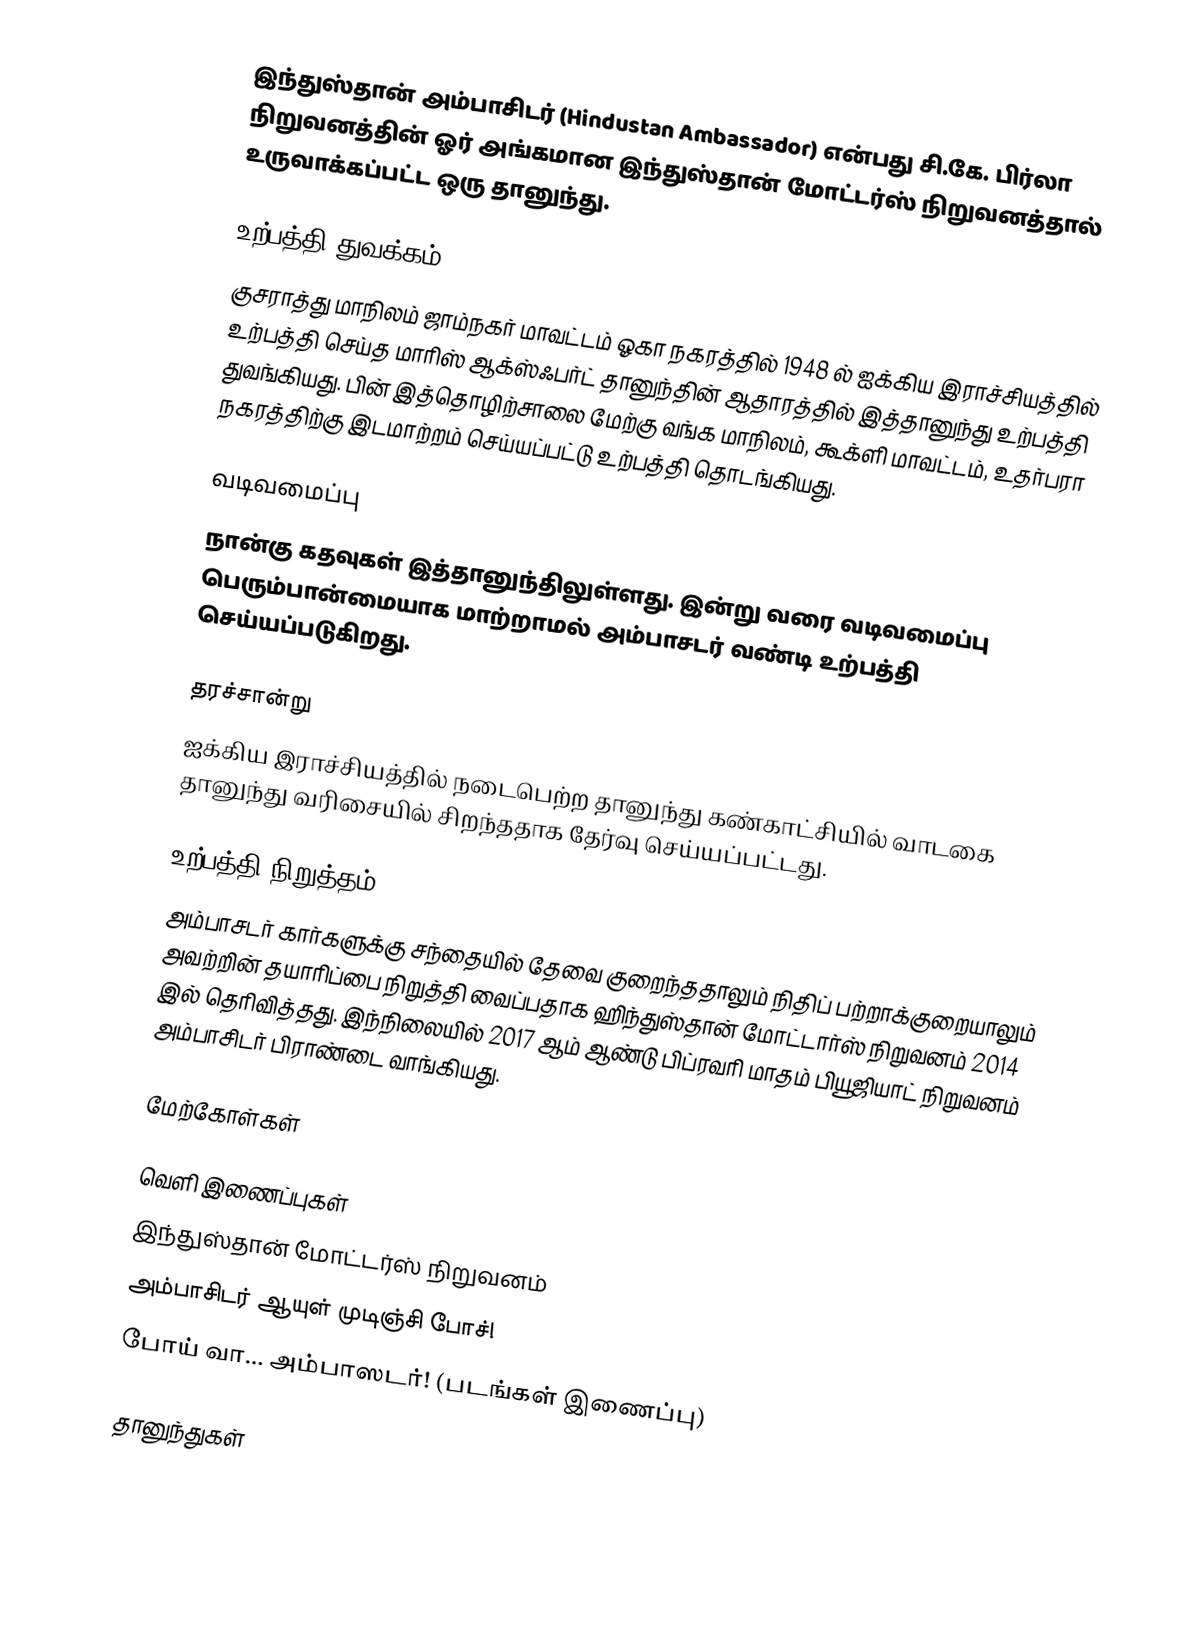
இந்துஸ்தான் அம்பாசிடர் (Hindustan Ambassador) என்பது சி.கே. பிர்லா நிறுவனத்தின் ஓர் அங்கமான இந்துஸ்தான் மோட்டர்ஸ் நிறுவனத்தால் உருவாக்கப்பட்ட ஒரு தானுந்து.

உற்பத்தி துவக்கம்
குசராத்து மாநிலம் ஜாம்நகர் மாவட்டம் ஓகா நகரத்தில் 1948 ல் ஐக்கிய இராச்சியத்தில் உற்பத்தி செய்த மாரிஸ் ஆக்ஸ்ஃபர்ட் தானுந்தின் ஆதாரத்தில் இத்தானுந்து உற்பத்தி துவங்கியது.  பின் இத்தொழிற்சாலை மேற்கு வங்க மாநிலம், கூக்ளி மாவட்டம், உதர்பரா நகரத்திற்கு இடமாற்றம் செய்யப்பட்டு உற்பத்தி தொடங்கியது.

வடிவமைப்பு
நான்கு கதவுகள் இத்தானுந்திலுள்ளது. இன்று வரை வடிவமைப்பு பெரும்பான்மையாக மாற்றாமல் அம்பாசடர் வண்டி உற்பத்தி செய்யப்படுகிறது.

தரச்சான்று
ஐக்கிய இராச்சியத்தில் நடைபெற்ற தானுந்து கண்காட்சியில் வாடகை தானுந்து வரிசையில் சிறந்ததாக தேர்வு செய்யப்பட்டது.

உற்பத்தி நிறுத்தம்
அம்பாசடர் கார்களுக்கு சந்தையில் தேவை குறைந்ததாலும் நிதிப் பற்றாக்குறையாலும் அவற்றின் தயாரிப்பை நிறுத்தி வைப்பதாக ஹிந்துஸ்தான் மோட்டார்ஸ் நிறுவனம் 2014 இல் தெரிவித்தது.    இந்நிலையில் 2017 ஆம் ஆண்டு பிப்ரவரி மாதம் பியூஜியாட் நிறுவனம் அம்பாசிடர் பிராண்டை வாங்கியது.

மேற்கோள்கள்

வெளி இணைப்புகள்
இந்துஸ்தான் மோட்டர்ஸ் நிறுவனம்
அம்பாசிடர் ஆயுள் முடிஞ்சி போச்!
போய் வா… அம்பாஸடர்! (படங்கள் இணைப்பு)

தானுந்துகள்